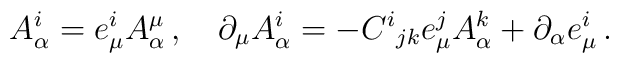
A^{i}_{\alpha}=e^{i}_{\mu}A^{\mu}_{\alpha}\,,\quad\partial_{\mu}A^{i}_{\alpha}=-C^{i}{}_{jk}e^{j}_{\mu}A^{k}_{\alpha}+\partial_{\alpha}e^{i}_{\mu}\,.